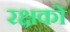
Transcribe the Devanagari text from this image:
रक्षको